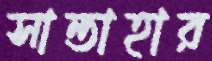
সান্তাহার